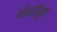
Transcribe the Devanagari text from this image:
भोगविमुक्त